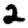
Digit: 2